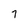
Character: 7